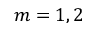
m = 1 , 2